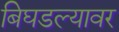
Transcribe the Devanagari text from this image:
बिघडल्यावर